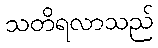
သတိရလာသည်